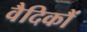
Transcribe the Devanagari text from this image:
वैदिकौं